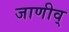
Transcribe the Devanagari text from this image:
जाणीव्